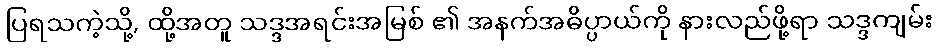
ပြရသကဲ့သို့, ထို့အတူ သဒ္ဒအရင်းအမြစ် ၏ အနက်အဓိပ္ပာယ်ကို နားလည်ဖို့ရာ သဒ္ဒကျမ်း